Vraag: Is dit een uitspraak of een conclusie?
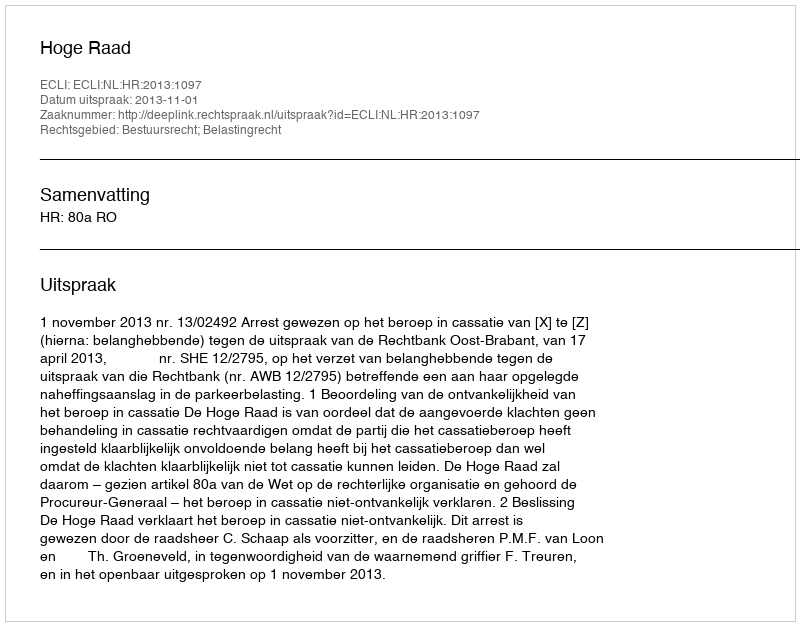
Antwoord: Uitspraak